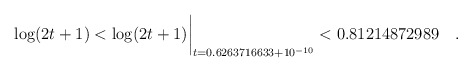
\begin{align*}\log(2t+1) < \log(2t+1)\biggr\rvert_{t=0.6263716633 + 10^{-10}} < 0.81214872989\quad. \end{align*}